Tezpur Lunatic Asylum reports 1895-1904 - 1895-1904
Year: 1895
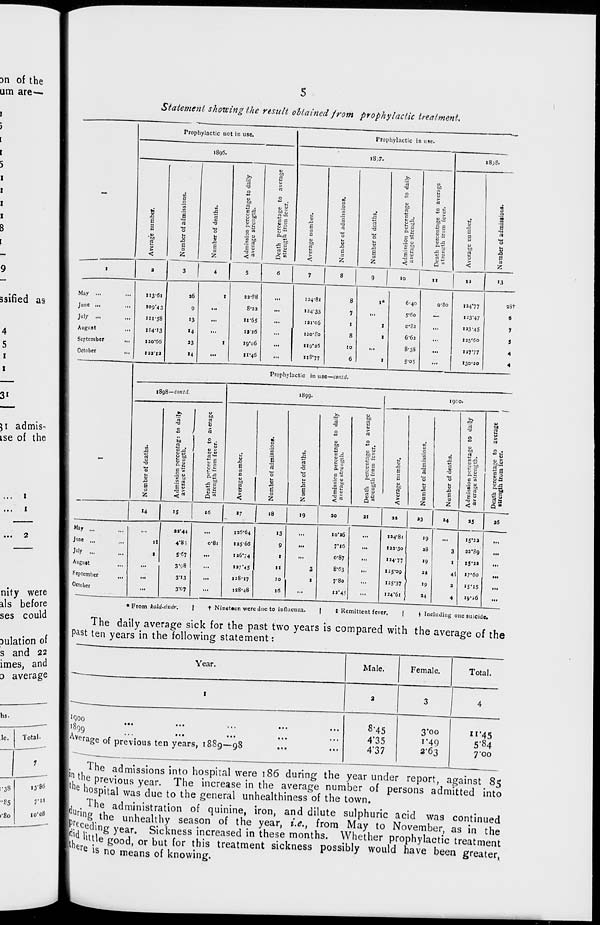
Dn of the
urn are-—
3
)
t
I
5
i
i
i
i
8
i
ssified as
4
5
i
i
)\ admis-
ise of the
i
nity were
als before
ses could
Dulation of
s and 22
imes, and
D average
hs.
le.
Total.
i-3»
ti'96
•85
,'U
i-8o
io"o8
—-
Statement showing the result obtained from prophylactic treatment,
Prophylactic not in use.
Proph ylactic in use.
i8g6.
18,7.
i8;8.
V
efl
:►.
s*.
rt
o
13
to
-a
rt
E
—*"
c
V
0
□
u
rt
J
o
v »
p. .3
2 6
■ S u
i
A
B s
c
"to
rt
>
<
'I
•a
rt
8
.S
B
3
2
3
u
-o
o
b
J3
a
3
2
c -a
g |
B..B
c w
.2 a
.8 rt
E 0
<«
u
XI
6
3
3
u
to
rt
<
e
•a
rt
0
1
X3
rt
V
0
XI
E
3
2
3 _,
.2 0
0 2
1 5«
0)^
to 1 "
rt c
£ °
o,"S
x: s
Si
V
s
3
3
U
to
rt
<
I -a rt
0
a e
3
2
I
a
3
4
5
6
7
8
9
10
II
13
»3
May ...
113-61
36
I
33-88
...
124-81
8
I*
6-40
0-8o
"4*77
98t
June ...
»°9*4 3
9
...
8'23
...
I24'33
7
...
5-60
~
123-47
6
July ...
HI-S8
13
...
11-65
...
I3I-C6
1
I
o«8a
...
I33-45
7
August
H4-I3
»4
...
11 26
...
120'So
8
1
6-63
...
I25'60
5
September
,,.
120'66
33
I
19*06
...
119*26
10
...
8-38
...
13777
4
October
ua'ia
14
...
11-46
...
118-77
6
I
5-05
...
130-30
4
Prophy actic in 11 ic—coiitd.
18 )8—conttl.
1899.
igco.
rt
V
CO
rt
S
■a
0
to
2
.2?
rt
-3
u
u
a
£
j
rt
0
rt
O
>
Rt
rt
Si
tj to
P
re
.0
a
0
1
x:
u
to
n
0 5
0
u g
^
0
1
3
rt
U
to
rt
W to
c g
•a
<u o
B
IT)
*o
o-y
0 0
B
w
■O
P. Si
o
V
J3
.2 u
</> it
to
.3 c
a
a
to
O
.2
"3
Jo
•- »
w rt
- to
x: a
5
u
to
0
0
.2 u
M SO
2 rt
gj3
~"Si
s
E«
5-
fs
g
s
rt " J
5
S
6
P u
T5 J*
3
"° s
U *S
3
"° rt
5 t*
3
3
-0 ts
aJi3
2
<«
Q w
<
2
2
<«■
Q"*
<
2
2
<«
Q •
M
IS
16
17
18
19
30
I
31
aa
as
14
as
36
May ...
...
93*44
...
126-64
»3
...
I0*J6
...
134-81
19
. .
i5'2a
June ...
,,,
i)
4*85
o*8i
135-66
9
...
7*16
...
133-30
28
3
33*89
...
July
I
S-C7
...
136*74
r
...
0-87
...
134-77
19
1
I5*»
...
All 8"rt
...
3-.;8
...
137*45
II
3
8-63
...
125-09
33
19
4§
17*60
...
September
...
3"«3
...
128-17
10
1
7-80
...
125-37
3
15*15
...
October
...
3-07
...
1:8-48
18
...
13*45
...
124-61
*4
4
19*26
...
• From kald-dxdr.
|
f Nineteen were due to influenza.
|
t Remittent fever.
|
J Including one suicide.
The daily average sick for the past two years is compared with the average of the
Past ten years in the following statement:
Year.
Male.
Female.
Total.
1
2
3
1
4
'Qoo
'899
A y erage of previous ten years, 18S9—98
••>
...
8-45
4'35
4*37
3-00
1-49
2-63
II*45
5*84
7*oo
The admissions into hospiral were 186 during the year under report, against 85
I*! the previous year. The increase in the average number of persons admitted into
be hospital was due to the general unhealthiness of the town.
. The administration of quinine, iron, and dilute sulphuric acid was continued
Urin g the unhealthy season of the year, i.e., from May to November, as in the
Jjcetijpg year. Sickness increased in these months. Whether prophylactic treatment
, mtle good, or but for this treatment sickness possibly would have been greater,
ere 18 no means of knowing.